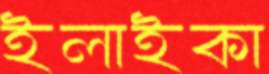
ইলাইকা